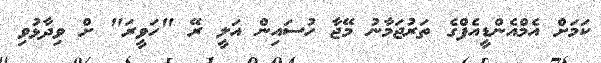
ކަމަށް އެމްއެންޑީއެފްގެ ތަރުޖަމާނު މޭޖާ ހުސައިން އަލީ ރޭ "ހަވީރަ" ށް ވިދާޅުވި